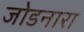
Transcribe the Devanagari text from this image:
जोडनारा